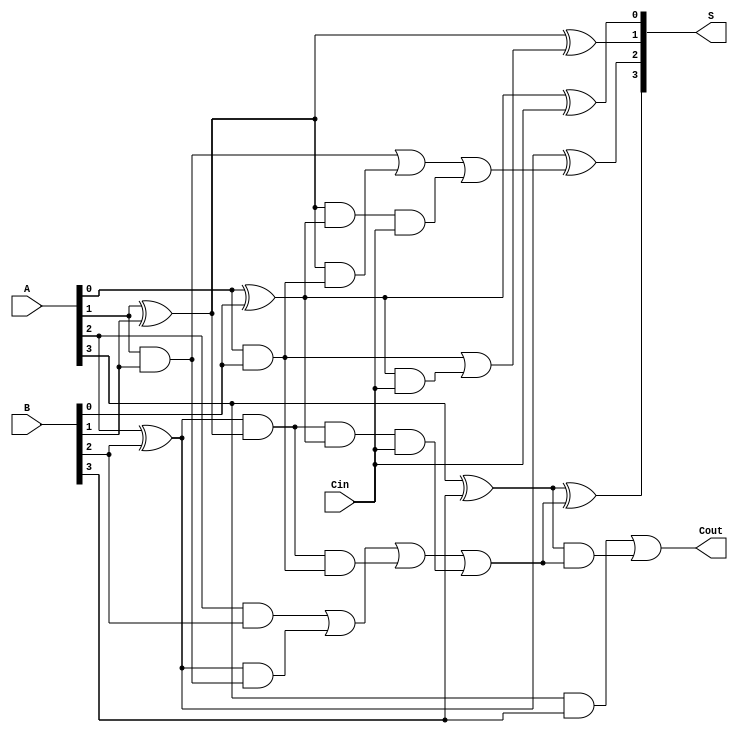
module CarryInLookaheadAdder #(parameter N = 4) (
    input  wire [N-1:0] A,      // First input
    input  wire [N-1:0] B,      // Second input
    input  wire Cin,             // Carry-in input
    output wire [N-1:0] S,       // Sum output
    output wire Cout             // Carry-out output
);

    // Generate and Propagate signals
    wire [N-1:0] G; // Generate signals
    wire [N-1:0] P; // Propagate signals
    wire [N:0] C;   // Carry signals (C[0] to C[N])

    // Generate and Propagate logic
    genvar i;
    generate
        for (i = 0; i < N; i = i + 1) begin : gen_prop_logic
            assign G[i] = A[i] & B[i];       // Generate
            assign P[i] = A[i] ^ B[i];       // Propagate
        end
    endgenerate

    // Carry signal calculation using lookahead logic
    assign C[0] = Cin; // Initial carry-in
    assign C[1] = G[0] | (P[0] & Cin); // Carry for bit 1
    assign C[2] = G[1] | (P[1] & G[0]) | (P[1] & P[0] & Cin); // Carry for bit 2
    assign C[3] = G[2] | (P[2] & G[1]) | (P[2] & P[1] & G[0]) | (P[2] & P[1] & P[0] & Cin); // Carry for bit 3

    // Extend this pattern for N bits
    generate
        for (i = 4; i < N; i = i + 1) begin : carry_logic
            assign C[i] = G[i-1] | (P[i-1] & C[i-1]) | (P[i-1] & P[i-2] & C[i-2]) | (P[i-1] & P[i-2] & P[i-3] & C[i-3]);
        end
    endgenerate

    // Sum calculation
    generate
        for (i = 0; i < N; i = i + 1) begin : sum_logic
            assign S[i] = P[i] ^ C[i]; // Sum output
        end
    endgenerate

    // Carry out calculation
    assign Cout = G[N-1] | (P[N-1] & C[N-1]);

endmodule